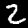
Label: 2